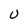
Character: U